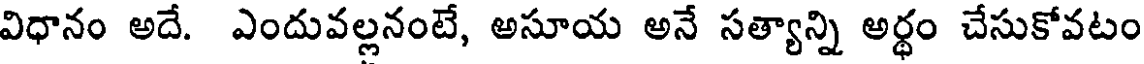
విధానం అదే. ఎందువల్లనంటే, అసూయ అనే సత్యాన్ని అర్థం చేసుకోవటం